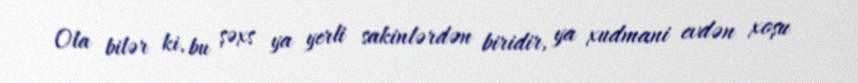
Ola bilər ki, bu şəxs ya yerli sakinlərdən biridir, ya xudmani evdən xoşu